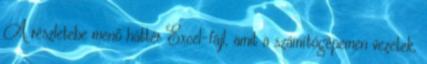
A részletebe menő háttér Excel-fájl, amit a számítógépemen vezetek,